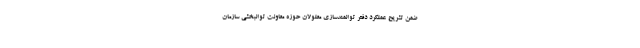
ضمن تشریح عملکرد دفتر توانمندسازی معلولان حوزه معاونت توانبخشی سازمان